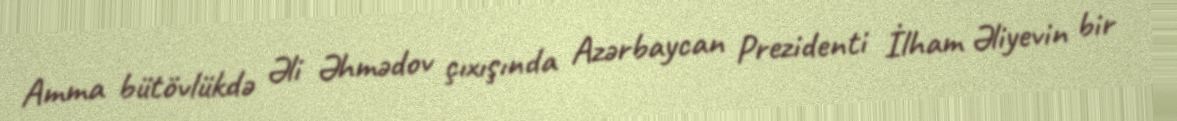
Amma bütövlükdə Əli Əhmədov çıxışında Azərbaycan Prezidenti İlham Əliyevin bir